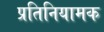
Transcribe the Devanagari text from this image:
प्रतिनियामक